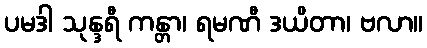
ပမဒါ သုန္ဒရီ ကန္တာ၊ ရမဏီ ဒယိတာ၊ ဗလာ။